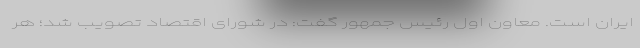
ایران است. معاون اول رئیس جمهور گفت: در شورای اقتصاد تصویب شد؛ هر